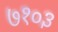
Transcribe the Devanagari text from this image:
७१०३